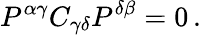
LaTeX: P^{\alpha\gamma}C_{\gamma\delta}P^{\delta\beta}=0\, .